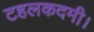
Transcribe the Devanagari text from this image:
टहलकदमी।